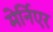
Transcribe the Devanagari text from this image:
मेर्निएर